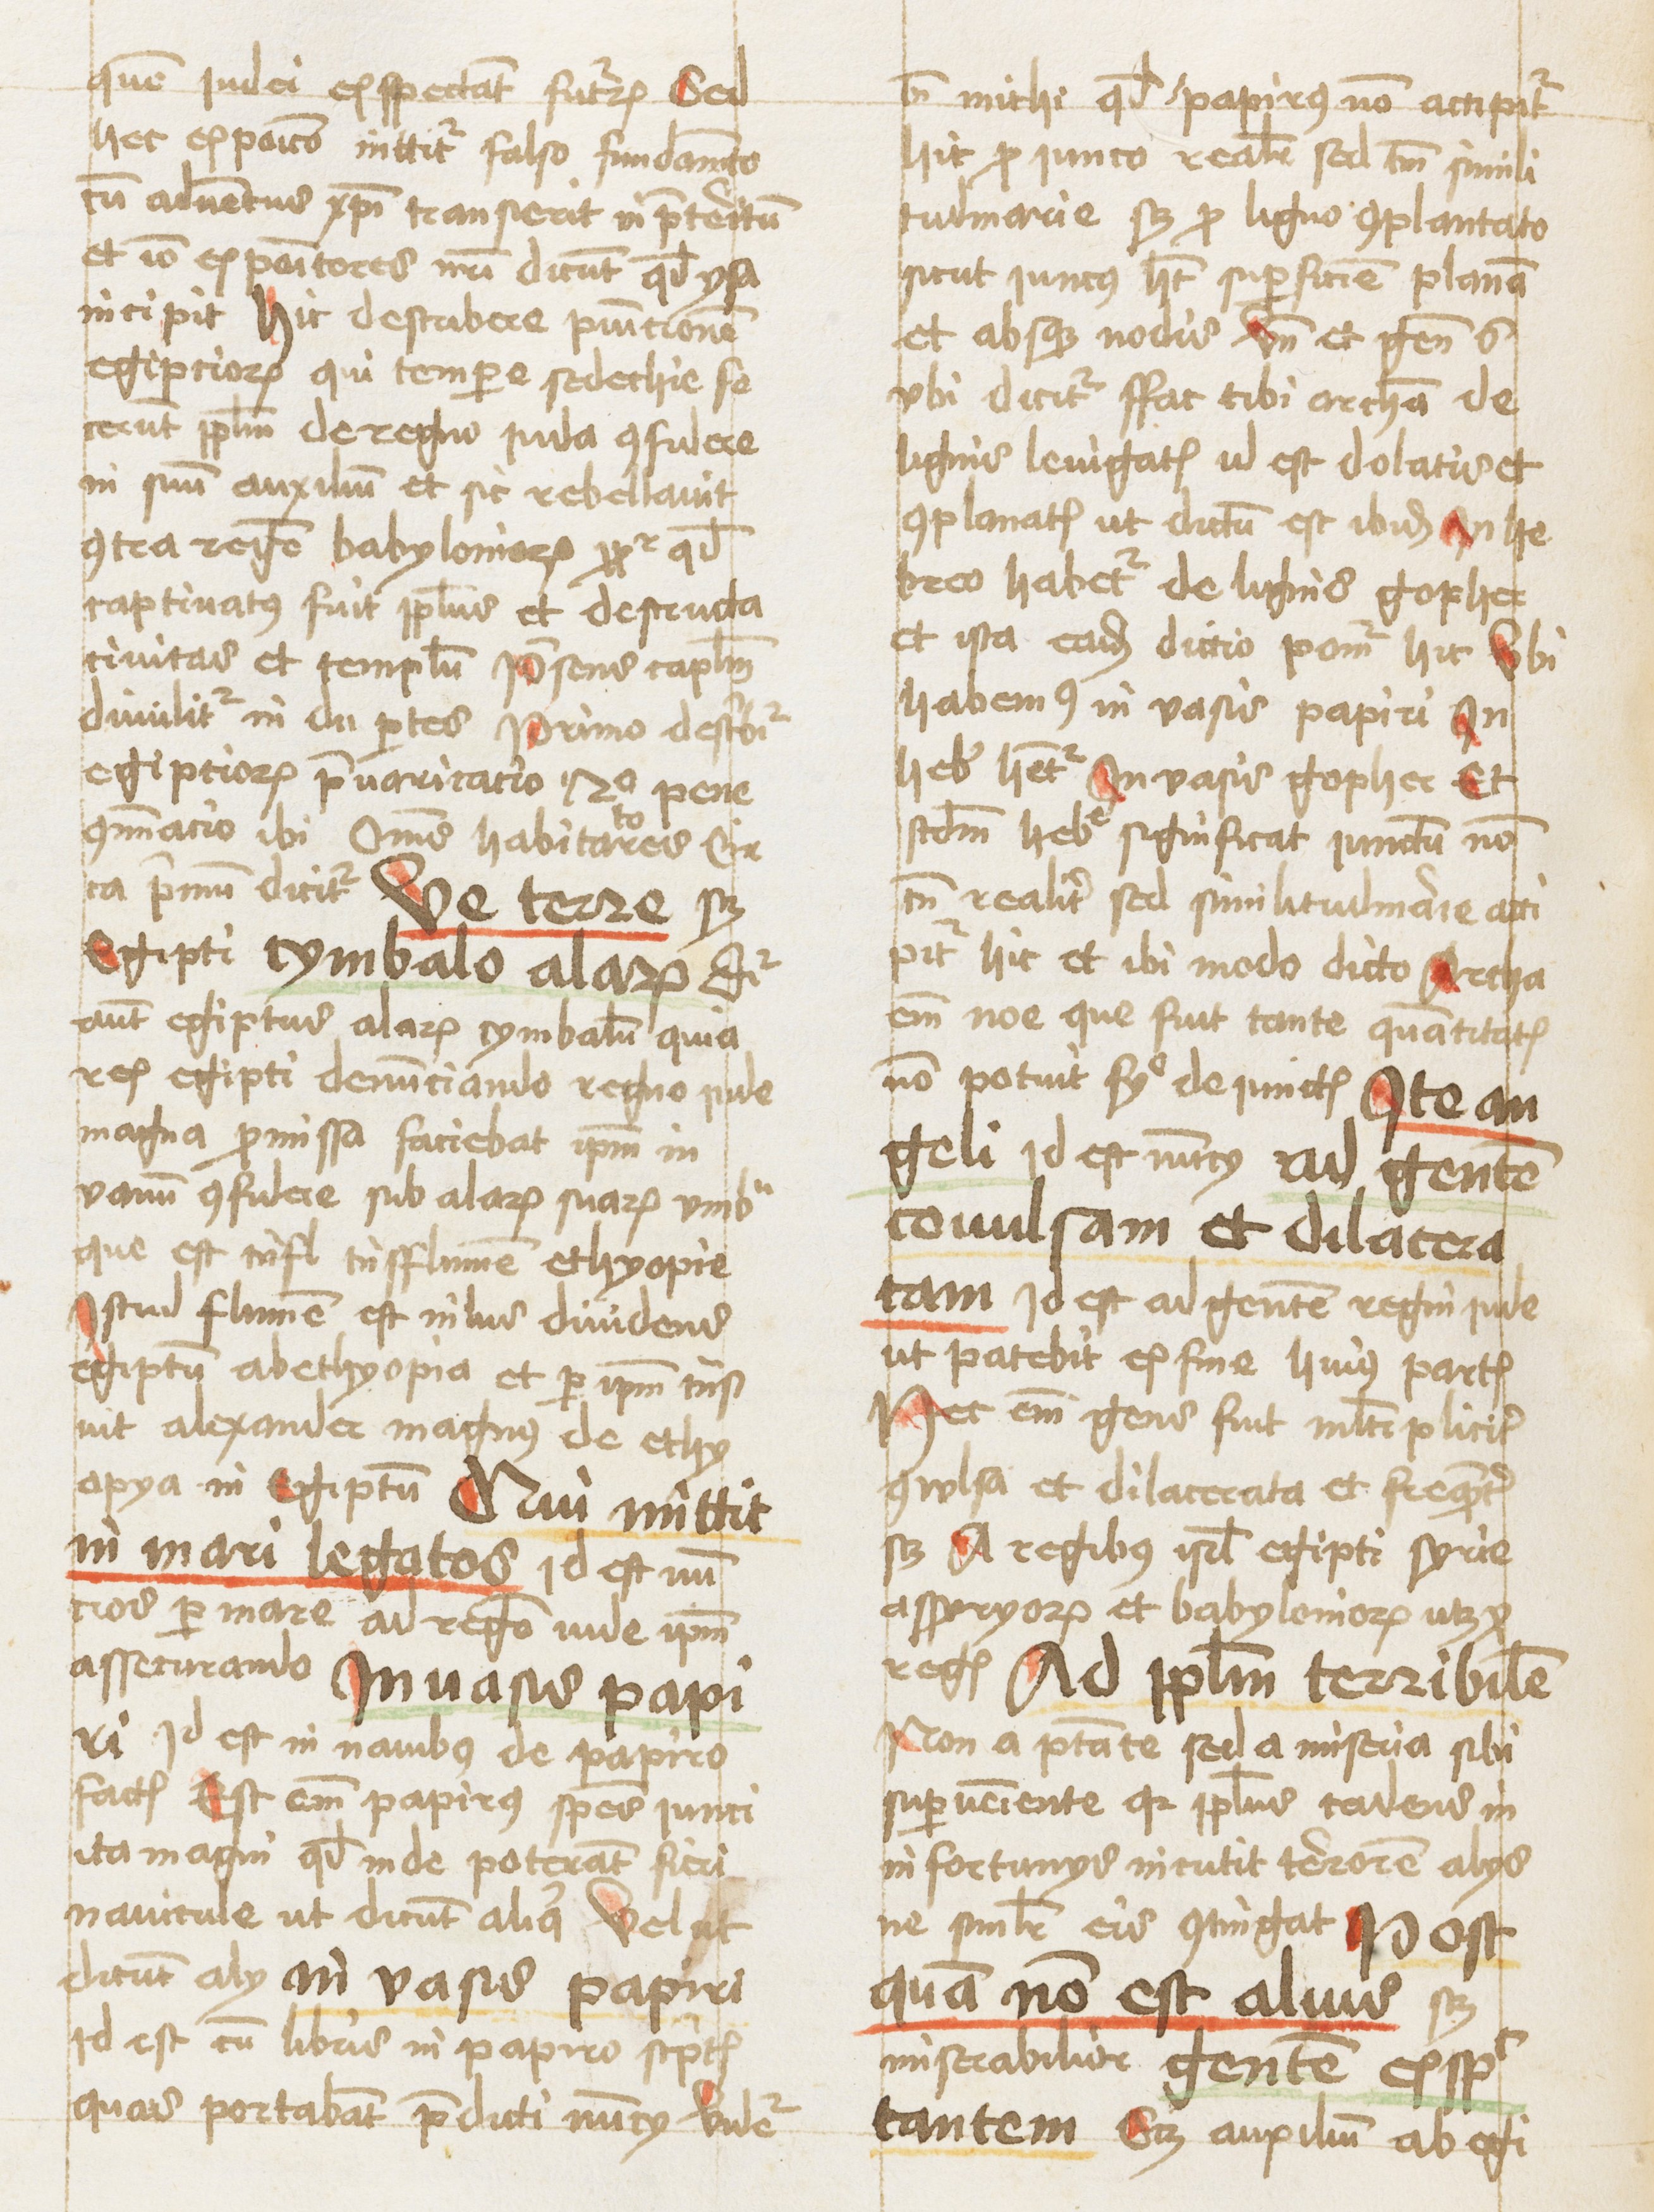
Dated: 1459–1459